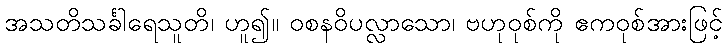
အသတိသင်္ခါရေသူတိ၊ ဟူ၍။ ဝစနဝိပလ္လာသော၊ ဗဟုဝုစ်ကို ဧကဝုစ်အားဖြင့်